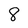
Character: 8